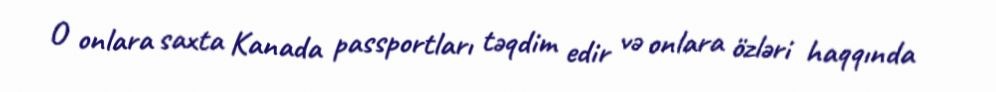
O onlara saxta Kanada passportları təqdim edir və onlara özləri haqqında